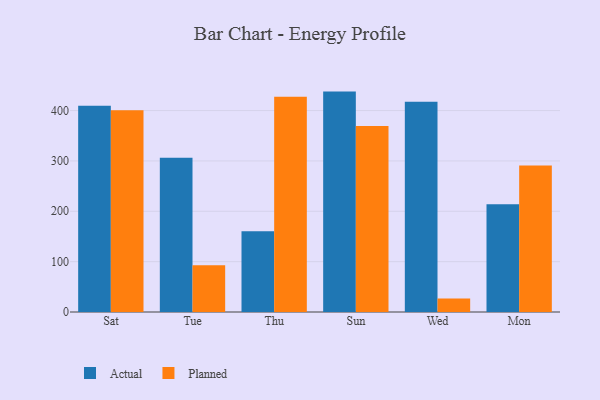
{"axis": {"x": "Day", "y": "Latency (ms)"}, "legend": ["Actual", "Planned"], "data": [{"x": "Sat", "y": 409.5, "type": "Actual"}, {"x": "Sat", "y": 400.8, "type": "Planned"}, {"x": "Tue", "y": 306.1, "type": "Actual"}, {"x": "Tue", "y": 92.8, "type": "Planned"}, {"x": "Thu", "y": 160.3, "type": "Actual"}, {"x": "Thu", "y": 427.4, "type": "Planned"}, {"x": "Sun", "y": 437.7, "type": "Actual"}, {"x": "Sun", "y": 369.2, "type": "Planned"}, {"x": "Wed", "y": 417.4, "type": "Actual"}, {"x": "Wed", "y": 27.0, "type": "Planned"}, {"x": "Mon", "y": 213.9, "type": "Actual"}, {"x": "Mon", "y": 291.0, "type": "Planned"}]}